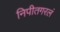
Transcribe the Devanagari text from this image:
निपीतगरलं